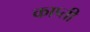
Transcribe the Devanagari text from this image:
काप्ती